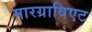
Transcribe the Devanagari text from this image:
मारग्राविएट